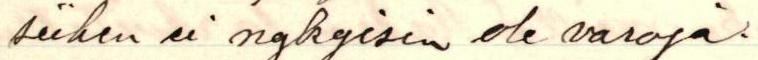
siihen ei nykyisin ole varoja.